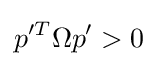
p'^{T}\Omega p'>0